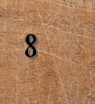
8